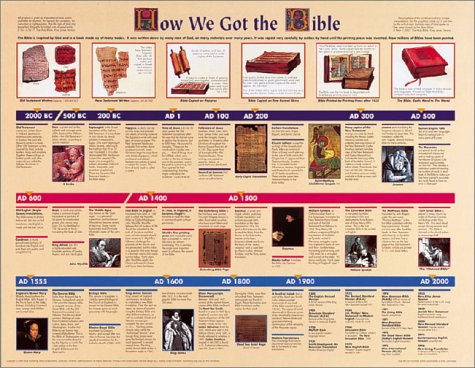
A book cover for How We Got the Bible: Wall Chart 20x26 Inches Laminated; Rose Publishing; Christian Books & Bibles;